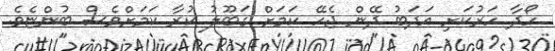
ހޯދާ ހަރުކަށި އަދަބު ދޭން ޖެހޭ ކަމަށް ގަބޫލު ކުރާ ކަމަށްވެސް ބުންޏެވެ.